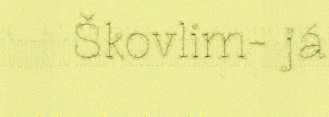
Škovlim- já